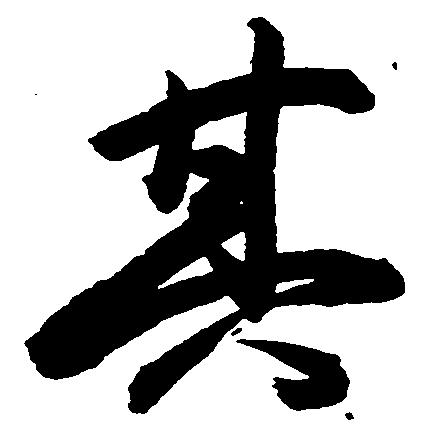
其